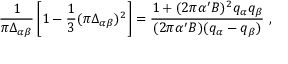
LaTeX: { \frac { 1 } { \pi \Delta _ { \alpha \beta } } } \left[ 1 - { \frac { 1 } { 3 } } ( \pi \Delta _ { \alpha \beta } ) ^ { 2 } \right] = { \frac { 1 + ( 2 \pi \alpha ^ { \prime } B ) ^ { 2 } q _ { \alpha } q _ { \beta } } { ( 2 \pi \alpha ^ { \prime } B ) ( q _ { \alpha } - q _ { \beta } ) } } ~ ,